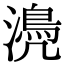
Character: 𣿆